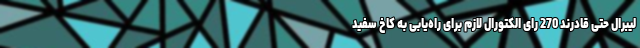
لیبرال حتی قادرند 270 رای الکتورال لازم برای راه‌یابی به کاخ سفید